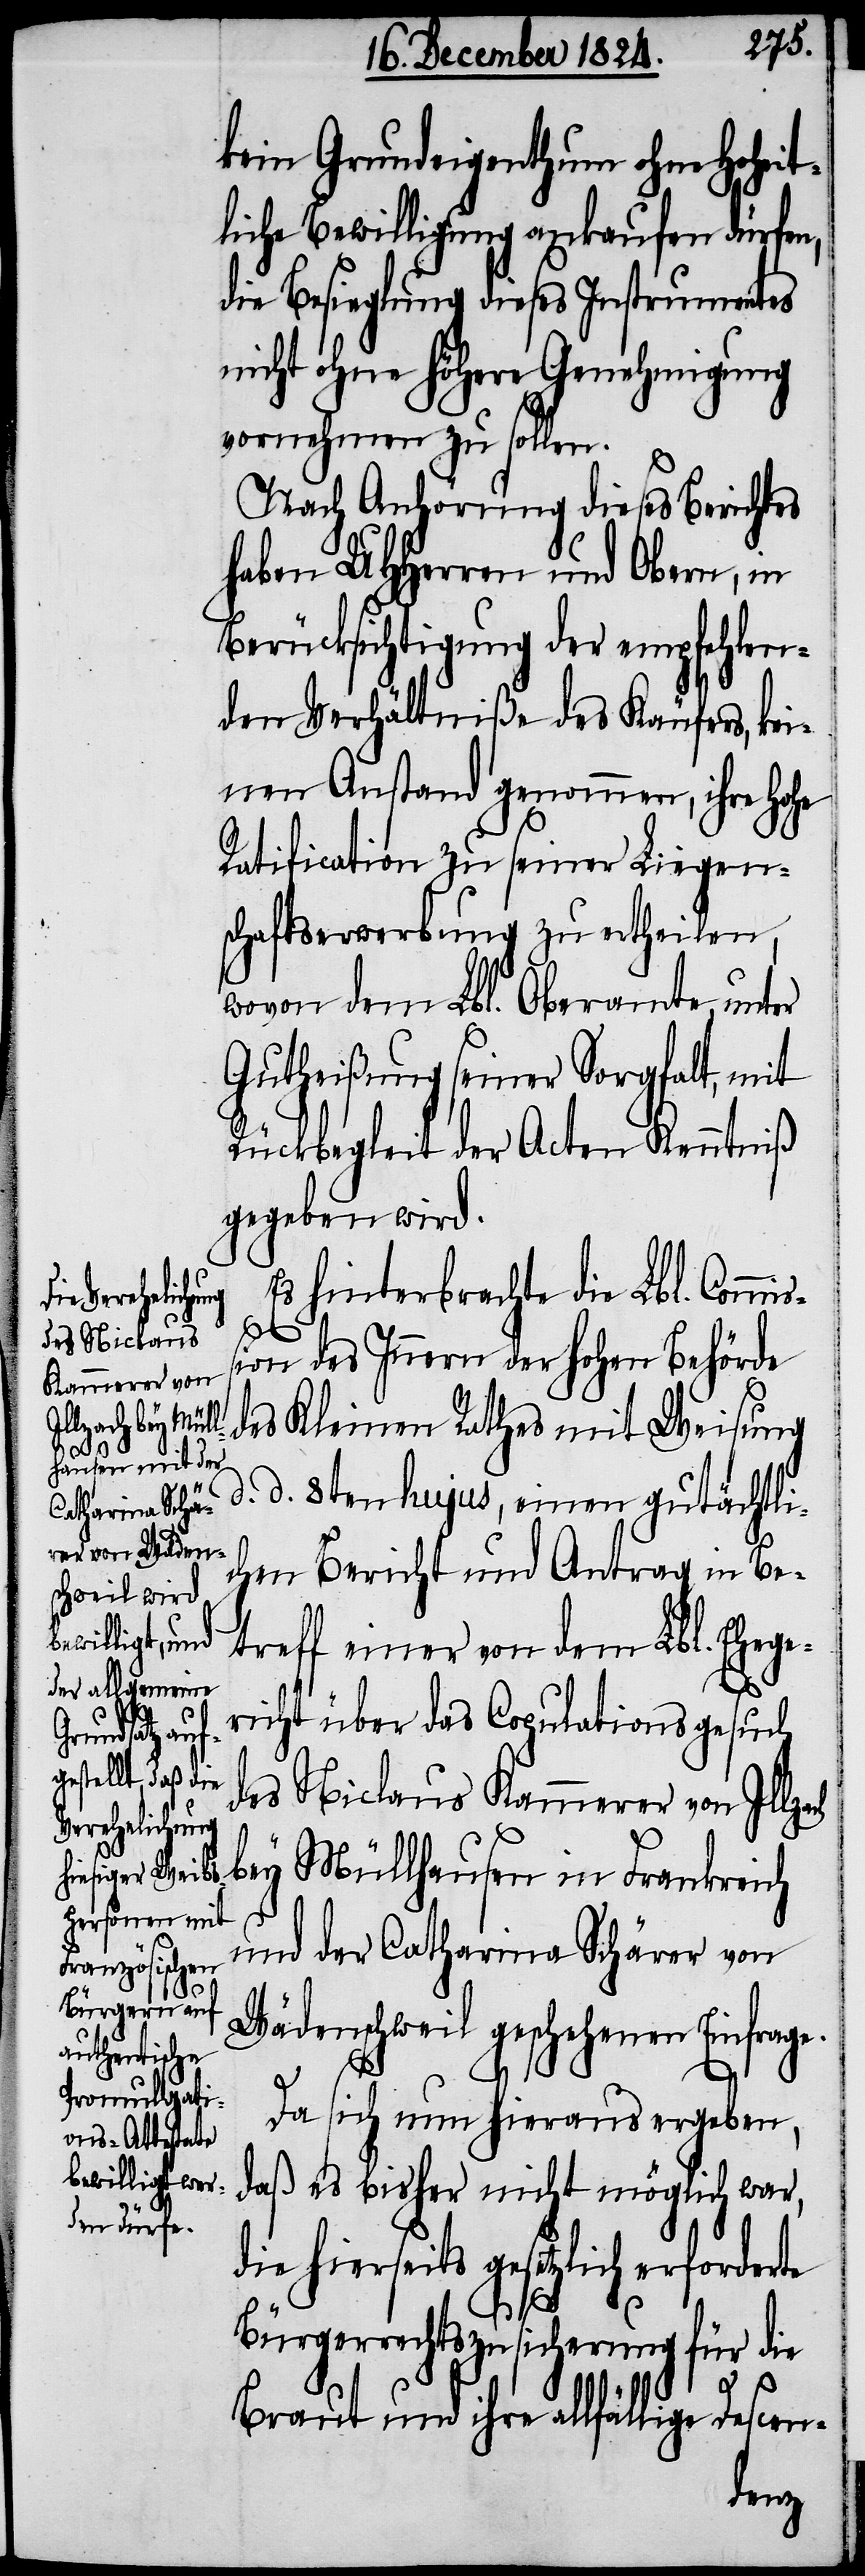
kein Grundeigenthum ohne Hoheit¬
liche Bewilligung ankaufen dürfen,
die Besieglung dieses Instrumentes
nicht ohne höhere Genehmigung
vornehmen zu sollen.
Nach Anhörung dieses Berichtes
haben UHHerren und Obern, in
Berücksichtigung der empfehlen¬
den Verhältniße des Käufers, kei¬
nen Anstand genommen, ihre Hohe
Ratification zu seiner Liegen¬
schaftserwerbung zu ertheilen,
wovon dem Lbl. Oberamte unter
Gutheißung seiner Sorgfalt, mit
Rückbegleit der Acten Kenntniß
gegeben wird.
Es hinterbrachte die Lbl. Commi¬
ßion des Innern der hohen Behörde
des Kleinen Rathes mit Weisung
d. d. 8ten hujus, einen gutächtli¬
chen Bericht und Antrag in Be¬
treff einer von dem Lbl. Ehege¬
richt über das Copulationsgesuch
des Niclaus Kammerer von Illzach
bey Müllhausen in Frankreich
und der Catharina Schärer von
Wädenschweil geschehenen Einfrage.
Da sich nun hieraus ergeben,
daß es bisher nicht möglich war,
die hierseits gesetzlich erforderte
Bürgerrechtszusicherung für die
Braut und ihre allfällige